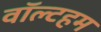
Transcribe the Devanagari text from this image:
वॉल्टहम